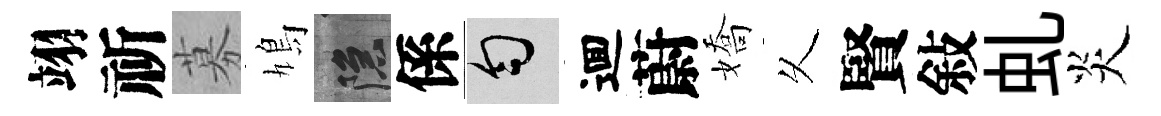
翊祈募鳩隱係匀逥蔚嬌乆賢敍虬炎